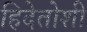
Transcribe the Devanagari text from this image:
हिदेतोशी